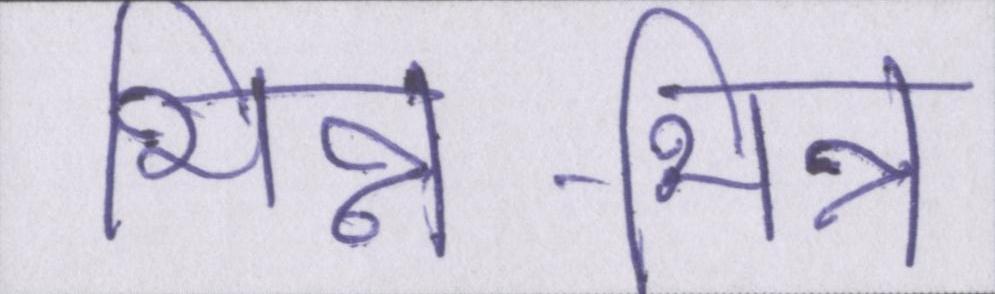
भिन्न-भिन्न